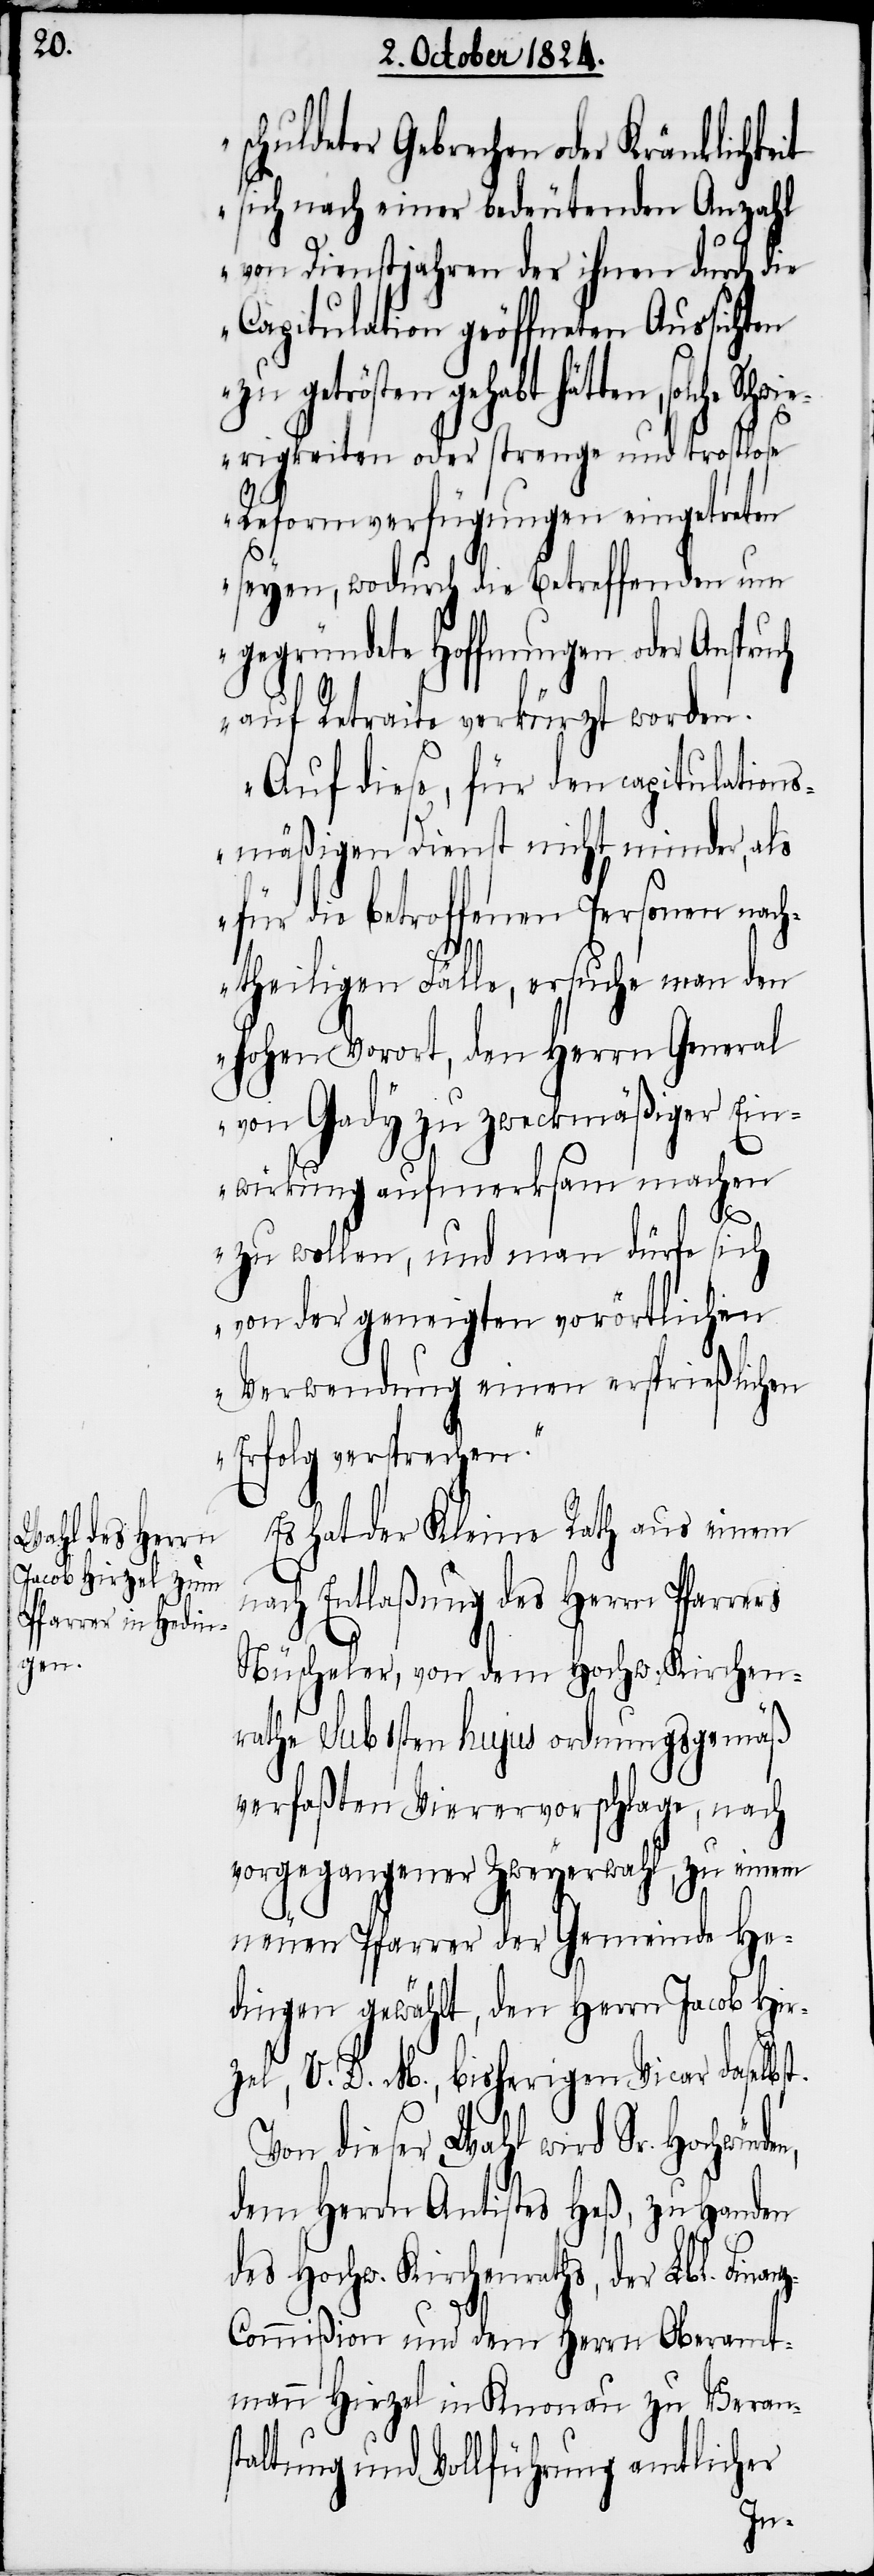
en,

schuldeter Gebrechen oder Kränklichk¬
sich nach einer bedeutenden Anzahl
von Dienstjahren der ihnen durch die
Capitulation geöffneten Aussichten
des Hochw. Kirchenrathes,
erigkeiten oder strenge und trostlose
Reformverfügungen eingetreten
seyen, wodurch die Betreffenden um
gegründete Hoffnungen oder Anspruch
auf Retraite verkürzt worden.
Auf diese, für den capitulations¬
mäßigen Dienst nicht minder, als
für die betroffenen Personen nach¬
Lbl.
theiligen Fälle, ersuche man den
hohen Vorort, den Herrn General
von Gady zu zweckmäßiger Ein¬
wirkung aufmerksam machen
Finan¬
zu wollen, und man dürfe sich
von der geneigten vorörtlichen
Verwendung einen ersprießlichen
Erfolg versprechen.“
Es hat der Kleine Rath aus einem
nach Entlaßung des Herrn Pfarrers
Nüscheler, von dem Hochw. Kirchen¬
rathe sub 1sten hujus ordnungsgemäß
verfaßten Vierervorschlage, nach
vorgegangener Zweyerwahl, zu einem
neuen Pfarrer der Gemeinde He¬
dingen gewählt, den Herrn Jacob Hir¬
zel, V. D. M., bisherigen Vicar daselbst.
Von dieser Wahl wird Sr. Hochwürd¬
dem Herrn Antistes Heß, zu Handen
z-Commißion und dem Herrn Oberamt¬
mann Hirzel in Knonau zu Verans¬
taltung und Vollführung amtlicher